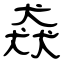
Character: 猋